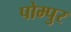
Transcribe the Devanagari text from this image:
पोम्पुर